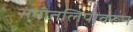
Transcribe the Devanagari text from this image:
संगीतलिपीवरून